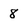
Character: 8